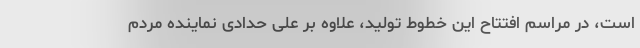
است، در مراسم افتتاح این خطوط تولید، علاوه بر علی حدادی نماینده مردم